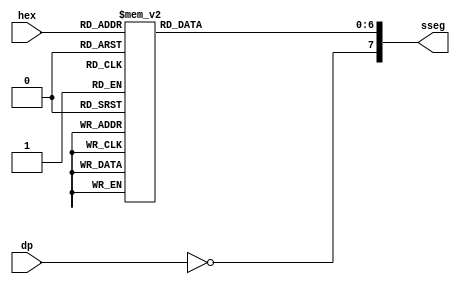
// Created by Jeevaka Dassanayake on 5/09/18.
//   Copyright (c) 2018 Jeevaka Dassanayake.

module Hex2Sseg( input wire [3:0] hex, input wire dp, output reg [7:0] sseg );
   always @*
   begin
      case(hex)
         4'h0: sseg[6:0] = 7'b0000001;
         4'h1: sseg[6:0] = 7'b1001111;
         4'h2: sseg[6:0] = 7'b0010010;
         4'h3: sseg[6:0] = 7'b0000110;
         4'h4: sseg[6:0] = 7'b1001100;
         4'h5: sseg[6:0] = 7'b0100100;
         4'h6: sseg[6:0] = 7'b0100000;
         4'h7: sseg[6:0] = 7'b0001111;
         4'h8: sseg[6:0] = 7'b0000000;
         4'h9: sseg[6:0] = 7'b0000100;
         4'ha: sseg[6:0] = 7'b0001000;
         4'hb: sseg[6:0] = 7'b1100000;
         4'hc: sseg[6:0] = 7'b0110001;
         4'hd: sseg[6:0] = 7'b1000010;
         4'he: sseg[6:0] = 7'b0110000;
         default: sseg[6:0] = 7'b0111000;  //4'hf
     endcase
     sseg[7] = ~dp;
   end

endmodule